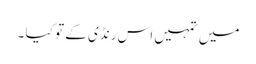
میں تمہیں اس رنڈی کے تو کیا ۔